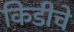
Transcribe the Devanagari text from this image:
किडीचे